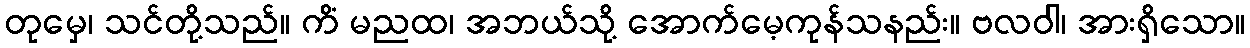
တုမှေ၊ သင်တို့သည်။ ကိံ မညထ၊ အဘယ်သို့ အောက်မေ့ကုန်သနည်း။ ဗလဝါ၊ အားရှိသော။